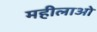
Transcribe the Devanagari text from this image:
महीलाओ